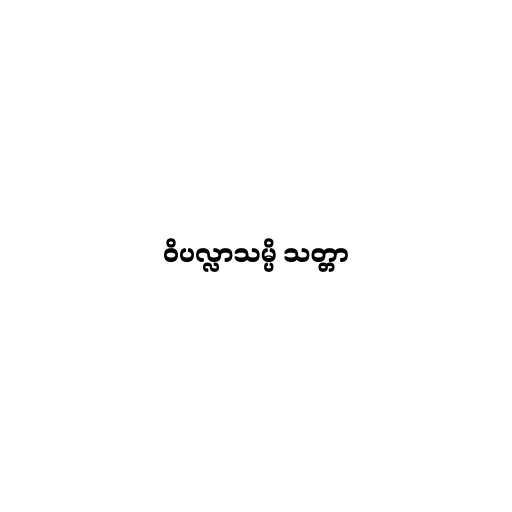
ဝိပလ္လာသမ္ပိ သတ္တာ